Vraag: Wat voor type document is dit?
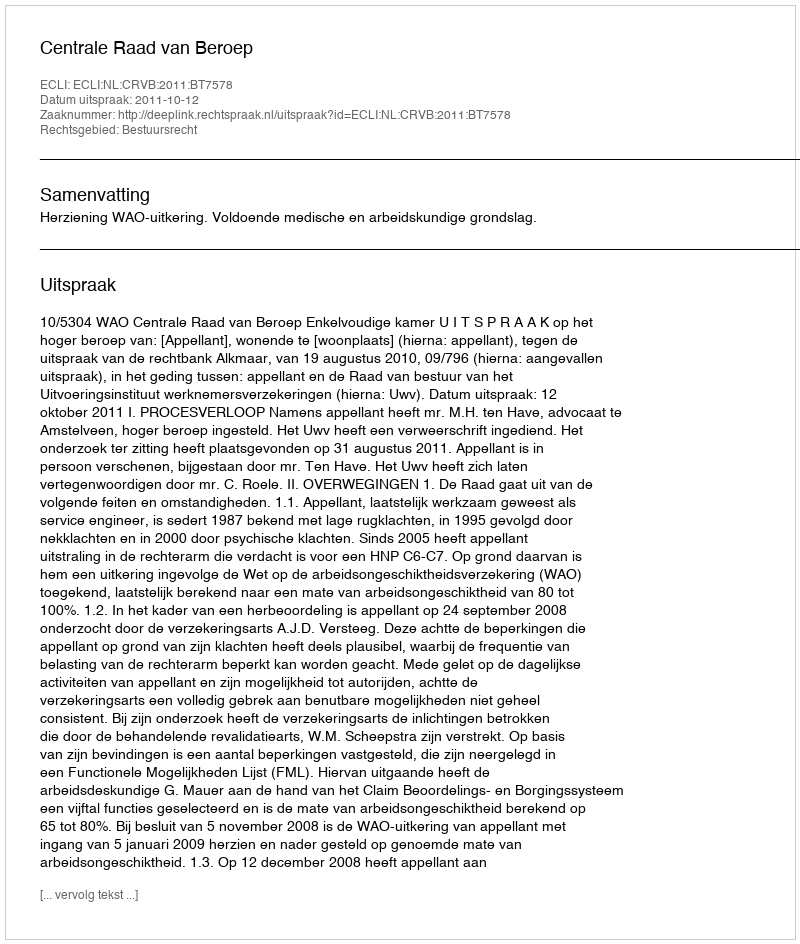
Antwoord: Uitspraak